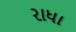
રાધા